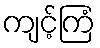
ကျင့်ကြံ